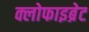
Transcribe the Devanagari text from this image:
क्लोफाइब्रेट